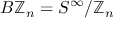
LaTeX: B \mathbb { Z } _ { n } = S ^ { \infty } / \mathbb { Z } _ { n }